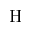
\mathrm { H }